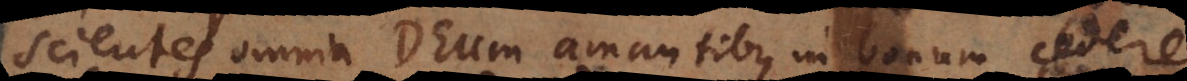
scientes omnia Deum amantibus in bonum cedere